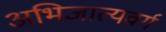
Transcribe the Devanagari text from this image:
अभिजात्यवर्ग